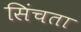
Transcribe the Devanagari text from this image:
सिंचता